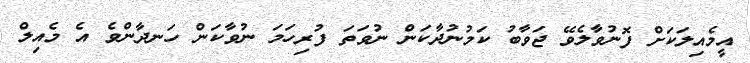
އީމެއިލަކަށް ފޮނުވާލެވޭ ޖަވާބު ކަމުނުދާކަން ނުވަތަ ފުރިހަމަ ނުވާކަން ހަނދާންވެ އެ މެއިލް